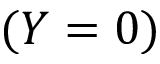
( Y = 0 )